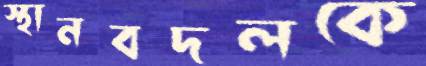
স্থানবদলকে